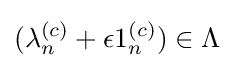
(\lambda _{n}^{(c)}+\epsilon 1_{n}^{(c)})\in \Lambda